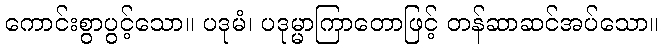
ကောင်းစွာပွင့်သော။ ပဒုမံ၊ ပဒုမ္မာကြာတောဖြင့် တန်ဆာဆင်အပ်သော။